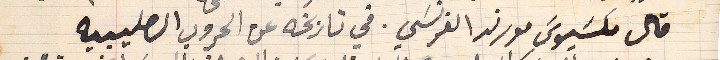
قال مكسَيوسَ مورند الفرنسَي. في تاريخه عن الحروب الصليبيه